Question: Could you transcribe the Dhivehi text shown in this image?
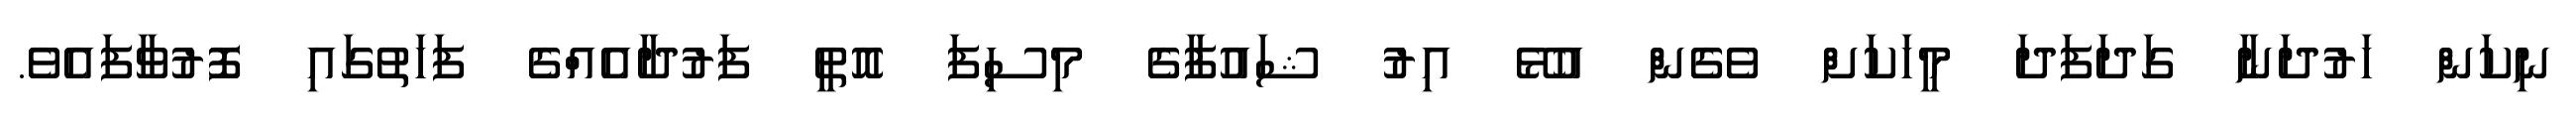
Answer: ނިކަން ހަރުދަނާ ގަދަފަދަ މީހަކަށް ވެގެން އުޅޭ އިރު ޝައުފާގެ މިސިފަ އޮތީ ފަރުދާއެއްގެ ފަހަތުގައި ފޮރުވާފައެވެ.